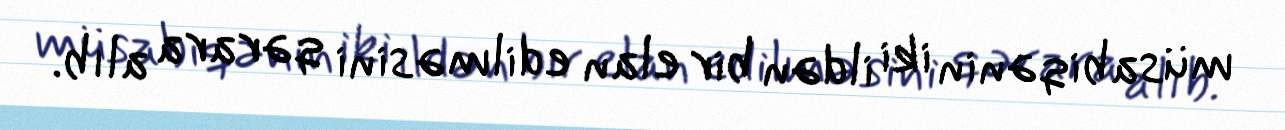
müsabiqənin iki ildən bir elan edilməsini qərara alıb.